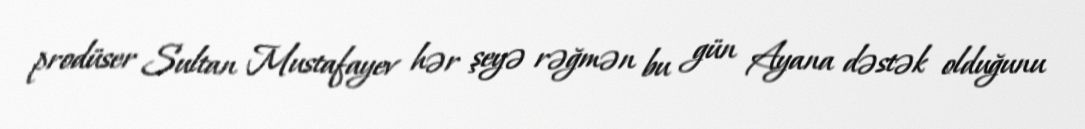
prodüser Sultan Mustafayev hər şeyə rəğmən bu gün Ayana dəstək olduğunu